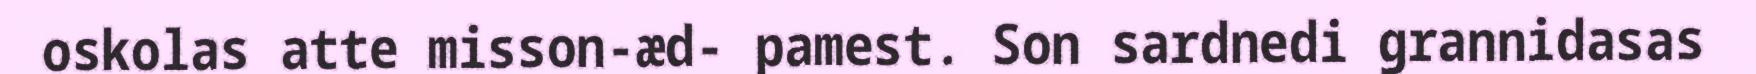
oskolas atte misson-æd- pamest. Son sardnedi grannidasas